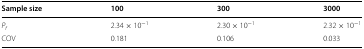
<table><thead><tr><td><b>Sample size</b></td><td><b>100</b></td><td><b>300</b></td><td><b>3000</b></td></tr></thead><tbody><tr><td><i>P</i><sub><i>f</i></sub></td><td>2.34 × 10<sup>−1</sup></td><td>2.30 × 10<sup>−1</sup></td><td>2.32 × 10<sup>−1</sup></td></tr><tr><td>COV</td><td>0.181</td><td>0.106</td><td>0.033</td></tr></tbody></table>